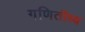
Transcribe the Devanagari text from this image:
गणितीव्य